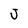
Character: J